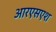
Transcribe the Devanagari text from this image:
आरएसएश